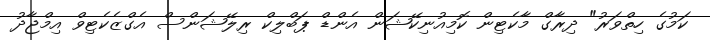
ކަމުގެ ހިތްވަރު" ދިރާގް މާކެޓިން ކޮމިއުނިކޭޝަން އެންޑް ޕަބްލިކް ރިލޭޝަންސް އެގްޒެކެޓިވް އިމްޖާދު